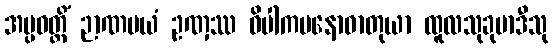
အပ္ပဝတ္တိံ ဉာဏမယံ ဥဏှဿ ဝိပါကမနောဓာတုယာ ထူလသုခုမာဒီသု